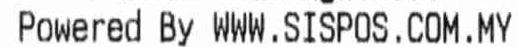
POWERED BY WWW.SISPOS.COM.MY